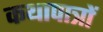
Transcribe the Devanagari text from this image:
कथापात्रों